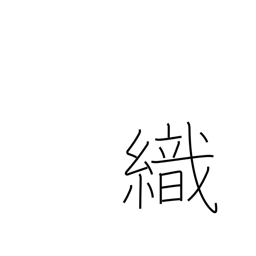
Meaning: weave